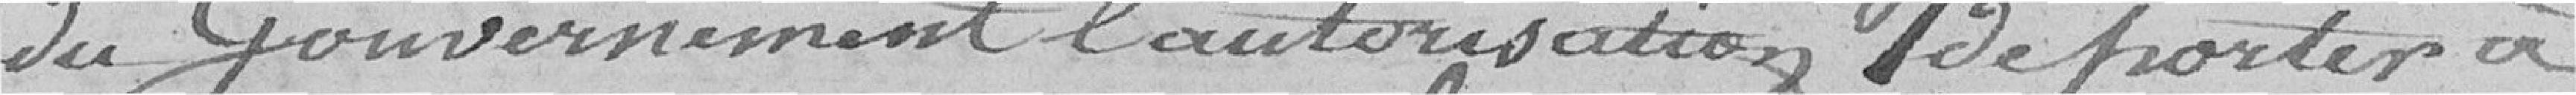
du Gouvernement l'autorisation de porter à